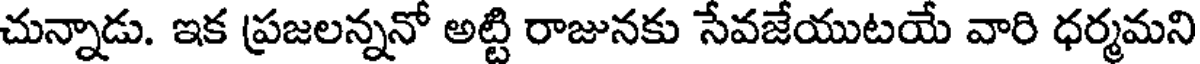
చున్నాడు. ఇక ప్రజలన్ననో అట్టి రాజునకు సేవజేయుటయే వారి ధర్మమని